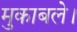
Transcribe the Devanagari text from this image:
मुकाबले।